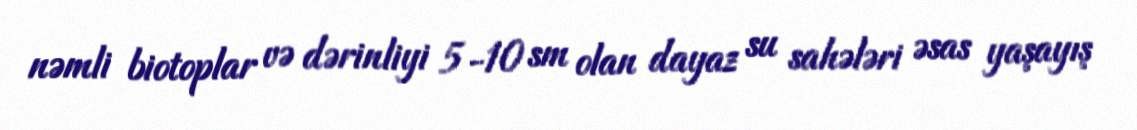
nəmli biotoplar və dərinliyi 5-10 sm olan dayaz su sahələri əsas yaşayış